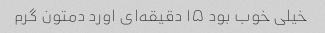
خیلی خوب بود ۱۵ دقیقه‌ای اورد دمتون گرم